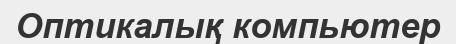
Оптикалық компьютер